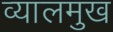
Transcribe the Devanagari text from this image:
व्यालमुख